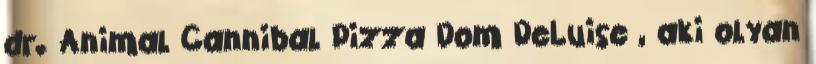
dr. Animal Cannibal Pizza Dom DeLuise , aki olyan